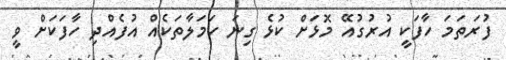
ފުރަތަމަ ހާފަކީ އުރުގުއޭ މޮޅަށް ކުޅެ ގިނަ ހަމަލާތަކެއް އުފެއްދި ހާފަކަށް ވީ